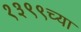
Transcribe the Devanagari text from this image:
१३९९च्या